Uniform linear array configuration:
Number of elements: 24
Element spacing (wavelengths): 0.25
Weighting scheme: binomial
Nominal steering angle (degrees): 30
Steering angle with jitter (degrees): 29.157
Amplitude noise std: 0.05
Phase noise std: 0.05

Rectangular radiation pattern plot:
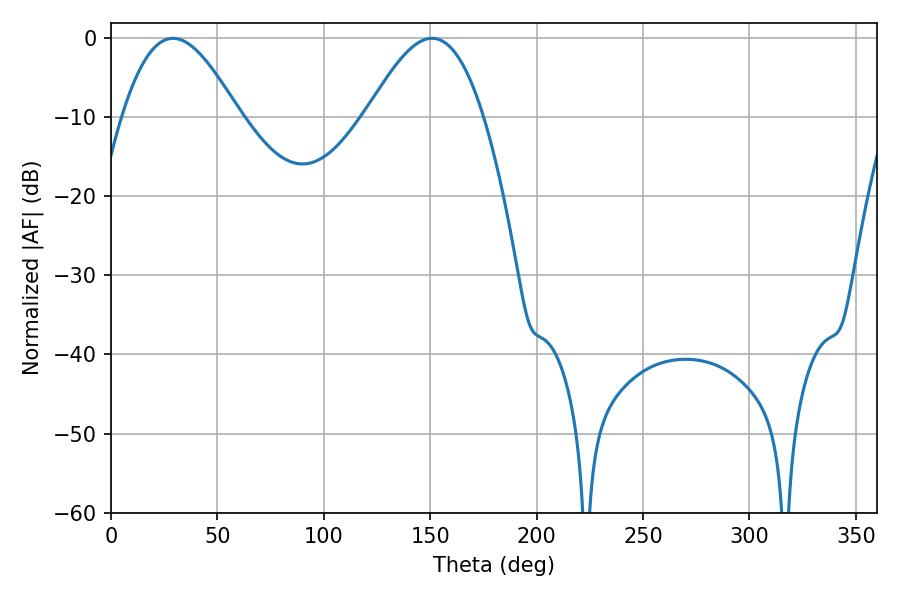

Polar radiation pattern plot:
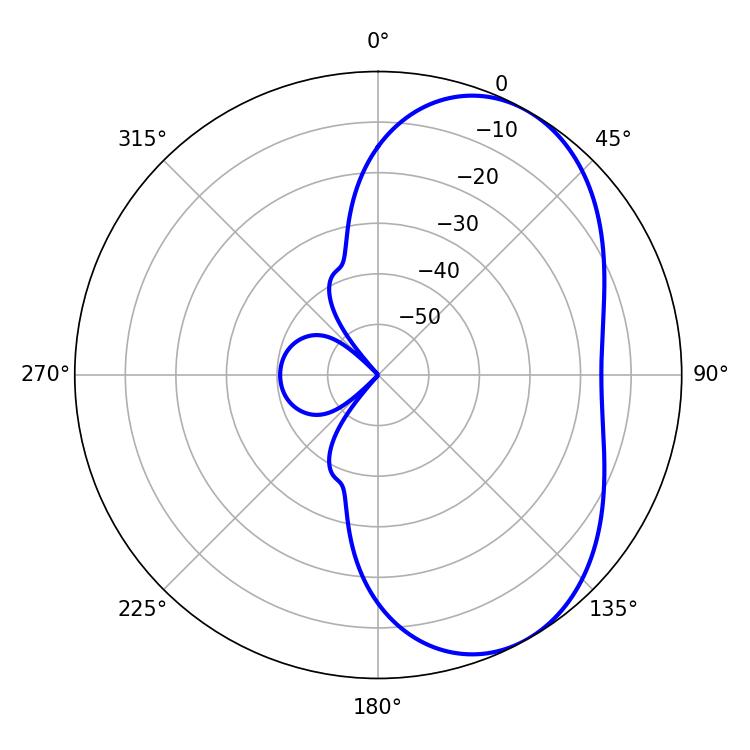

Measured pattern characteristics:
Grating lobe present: FALSE
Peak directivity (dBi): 5.222
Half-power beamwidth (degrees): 29.52
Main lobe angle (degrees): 29.16